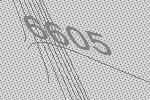
6605